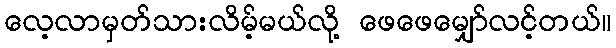
လေ့လာမှတ်သားလိမ့်မယ်လို့ ဖေဖေမျှော်လင့်တယ်။